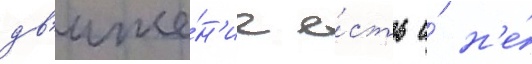
дв'иже́н'ие е́сть и́ н'е́